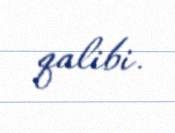
qalibi.